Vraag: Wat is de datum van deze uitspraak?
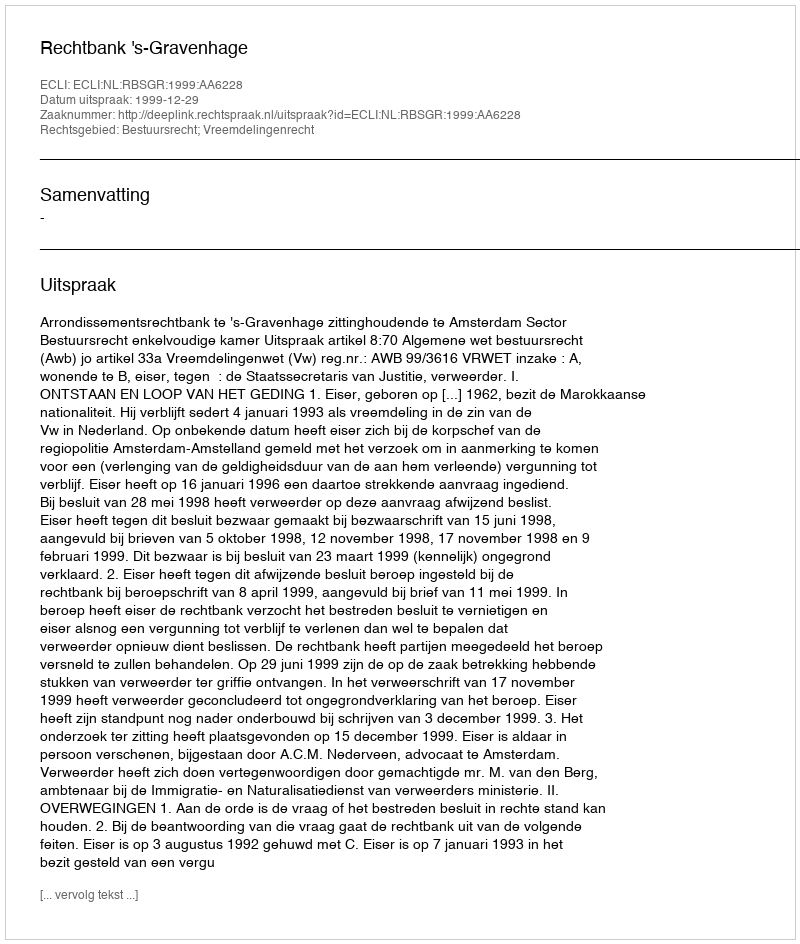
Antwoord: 1999-12-29